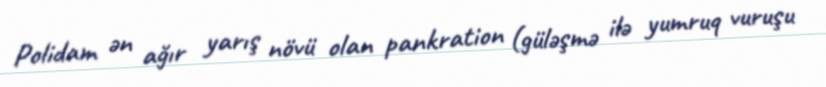
Polidam ən ağır yarış növü olan pankration (güləşmə ilə yumruq vuruşu